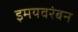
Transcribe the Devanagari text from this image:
इमयवरंबन